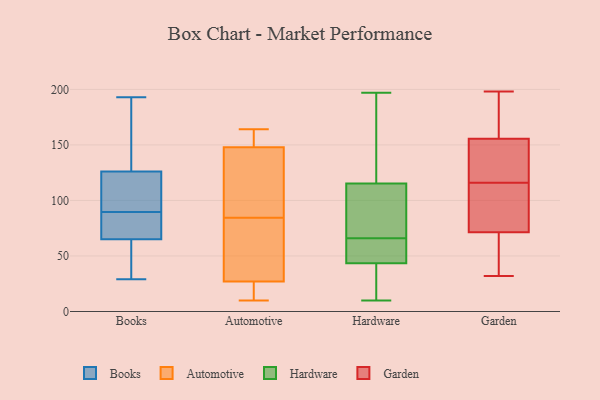
{"axis": {"x": "Energy Usage (MWh)", "y": "Value"}, "legend": ["Automotive", "Books", "Garden", "Hardware"], "data": [{"x": "", "y": 59, "type": "Books"}, {"x": "", "y": 72, "type": "Books"}, {"x": "", "y": 159, "type": "Books"}, {"x": "", "y": 71, "type": "Books"}, {"x": "", "y": 104, "type": "Books"}, {"x": "", "y": 70, "type": "Books"}, {"x": "", "y": 190, "type": "Books"}, {"x": "", "y": 153, "type": "Books"}, {"x": "", "y": 119, "type": "Books"}, {"x": "", "y": 193, "type": "Books"}, {"x": "", "y": 29, "type": "Books"}, {"x": "", "y": 30, "type": "Books"}, {"x": "", "y": 75, "type": "Books"}, {"x": "", "y": 126, "type": "Books"}, {"x": "", "y": 65, "type": "Books"}, {"x": "", "y": 104, "type": "Books"}, {"x": "", "y": 38, "type": "Books"}, {"x": "", "y": 124, "type": "Books"}, {"x": "", "y": 16, "type": "Automotive"}, {"x": "", "y": 164, "type": "Automotive"}, {"x": "", "y": 70, "type": "Automotive"}, {"x": "", "y": 161, "type": "Automotive"}, {"x": "", "y": 101, "type": "Automotive"}, {"x": "", "y": 49, "type": "Automotive"}, {"x": "", "y": 136, "type": "Automotive"}, {"x": "", "y": 24, "type": "Automotive"}, {"x": "", "y": 30, "type": "Automotive"}, {"x": "", "y": 160, "type": "Automotive"}, {"x": "", "y": 99, "type": "Automotive"}, {"x": "", "y": 10, "type": "Automotive"}, {"x": "", "y": 43, "type": "Hardware"}, {"x": "", "y": 101, "type": "Hardware"}, {"x": "", "y": 62, "type": "Hardware"}, {"x": "", "y": 10, "type": "Hardware"}, {"x": "", "y": 73, "type": "Hardware"}, {"x": "", "y": 54, "type": "Hardware"}, {"x": "", "y": 45, "type": "Hardware"}, {"x": "", "y": 197, "type": "Hardware"}, {"x": "", "y": 39, "type": "Hardware"}, {"x": "", "y": 29, "type": "Hardware"}, {"x": "", "y": 30, "type": "Hardware"}, {"x": "", "y": 72, "type": "Hardware"}, {"x": "", "y": 86, "type": "Hardware"}, {"x": "", "y": 120, "type": "Hardware"}, {"x": "", "y": 66, "type": "Hardware"}, {"x": "", "y": 128, "type": "Hardware"}, {"x": "", "y": 134, "type": "Hardware"}, {"x": "", "y": 48, "type": "Hardware"}, {"x": "", "y": 133, "type": "Hardware"}, {"x": "", "y": 66, "type": "Garden"}, {"x": "", "y": 111, "type": "Garden"}, {"x": "", "y": 198, "type": "Garden"}, {"x": "", "y": 142, "type": "Garden"}, {"x": "", "y": 160, "type": "Garden"}, {"x": "", "y": 66, "type": "Garden"}, {"x": "", "y": 117, "type": "Garden"}, {"x": "", "y": 116, "type": "Garden"}, {"x": "", "y": 87, "type": "Garden"}, {"x": "", "y": 32, "type": "Garden"}, {"x": "", "y": 193, "type": "Garden"}]}